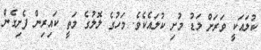
ކުލައަކީ ވަރަށް މަޑު މުށި ކުލައެކެވެ. މަހުގެ ލޮލުގެ މަތީ ކައިރިން ފެށިގެން